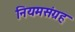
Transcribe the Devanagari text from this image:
नियमसंग्रह